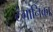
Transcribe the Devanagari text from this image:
टंगानिका